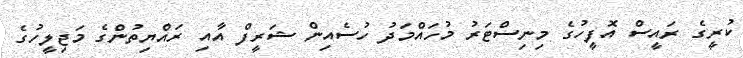
ކުރީގެ ރައީސް އޮފީހުގެ މިނިސްޓަރު މުހައްމަދު ހުސެއިން ޝަރީފް އާއި ރައްޔިތުންގެ މަޖިލީހުގެ